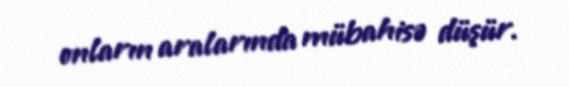
onların aralarında mübahisə düşür.